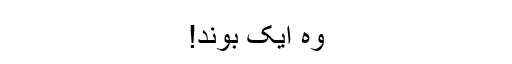
وہ ایک بوند!